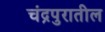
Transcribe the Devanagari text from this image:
चंद्रपुरातील